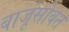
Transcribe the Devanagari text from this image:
बाजूंसोबत